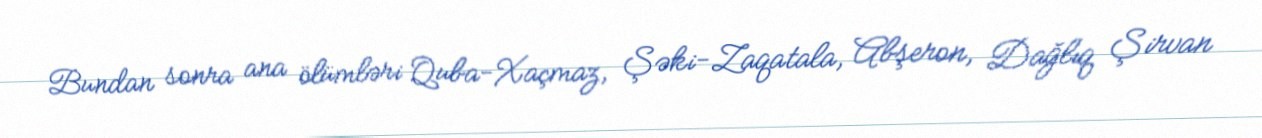
Bundan sonra ana ölümləri Quba-Xaçmaz, Şəki-Zaqatala, Abşeron, Dağlıq Şirvan